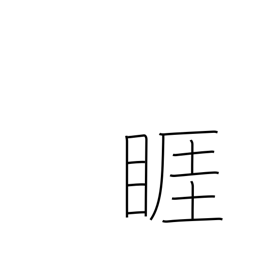
Meaning: angry look